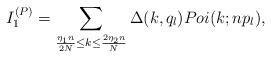
LaTeX: \begin{align*}I^{(P)}_1 = \sum_{\frac{\eta_1 n}{2N} \leq k \leq \frac{2\eta_2 n}{N}}\Delta(k,q_l) Poi(k;np_l),\end{align*}